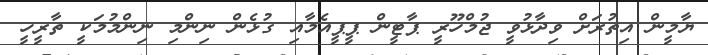
ޔާމީން އިތުރަށް ވިދާޅުވީ ޖުމްހޫރީ ޕާޓީން ޕީޕީއެމާއި ގުޅެން ނިންމި ނިންމުމަކީ ތާރީހީ